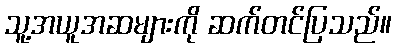
သူ့အယူအဆများကို ဆက်တင်ပြသည်။